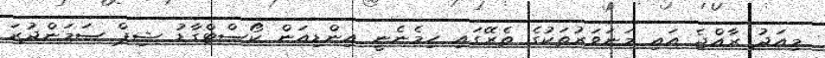
މިއަދު ރާއްޖެ އައި މަނަވަރުތަކުގެ ތެރޭގައި ހިމެނެނީ އިންޑިއަން ކޯސްޓްގާޑު ޝިޕް ސަމަންދުރަ